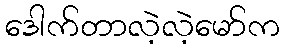
ဒေါက်တာလဲ့လဲ့မော်က